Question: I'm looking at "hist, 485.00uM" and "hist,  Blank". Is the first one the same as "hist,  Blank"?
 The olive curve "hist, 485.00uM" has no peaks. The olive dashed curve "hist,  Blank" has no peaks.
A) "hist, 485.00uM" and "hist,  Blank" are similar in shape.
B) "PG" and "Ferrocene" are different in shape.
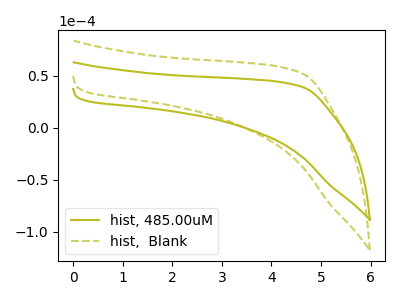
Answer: <think>Neither "hist, 485.00uM" or "hist,  Blank" have any peaks.
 </think>
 <answer>A) "hist, 485.00uM" and "hist,  Blank" are similar in shape.</answer>
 <eval>A</eval>